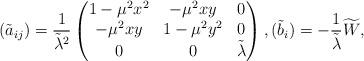
LaTeX: \begin{align*}(\tilde{a}_{ij})=\frac{1}{\tilde{\lambda}^2}\left(\begin{matrix}1-\mu^2x^2 & -\mu^2xy & 0 \\-\mu^2xy & 1-\mu^2y^2 & 0 \\0 & 0 & \tilde{\lambda}\end{matrix}\right),(\tilde{b}_i)=-\frac{1}{\tilde{\lambda}}\widetilde{W},\end{align*}